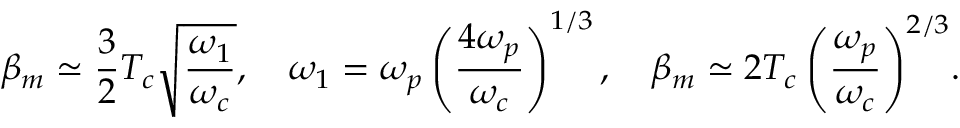
\displaystyle { \beta _ { m } \simeq \frac { 3 } { 2 } T _ { c } \sqrt { \frac { \omega _ { 1 } } { \omega _ { c } } } , \quad \omega _ { 1 } = \omega _ { p } \left( \frac { 4 \omega _ { p } } { \omega _ { c } } \right) ^ { 1 / 3 } , \quad \beta _ { m } \simeq 2 T _ { c } \left( \frac { \omega _ { p } } { \omega _ { c } } \right) ^ { 2 / 3 } } .